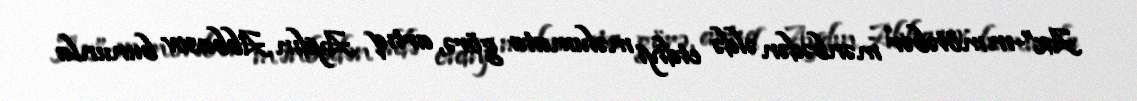
Az”-ın mötəbər mənbədən əldə etdiyi məlumata görə, artıq Aydın Abbasov bununla